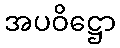
အပဝိဋ္ဌော